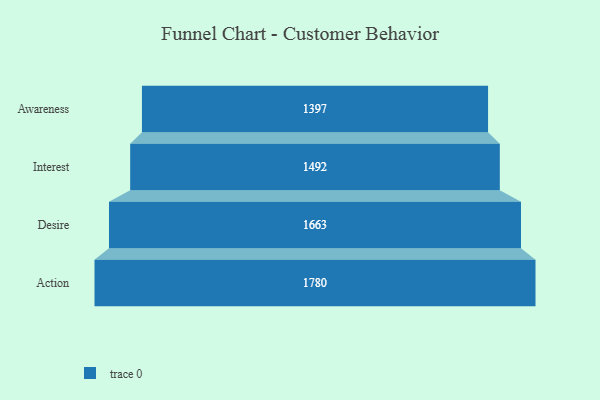
{"axis": {"x": "Stage", "y": "Value"}, "legend": [""], "data": [{"x": "Awareness", "y": 1397.0, "type": ""}, {"x": "Interest", "y": 1492.0, "type": ""}, {"x": "Desire", "y": 1663.0, "type": ""}, {"x": "Action", "y": 1780.0, "type": ""}]}